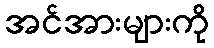
အင်အားများကို